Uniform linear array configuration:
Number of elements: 16
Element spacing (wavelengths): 0.25
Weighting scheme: exponential
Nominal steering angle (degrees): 0
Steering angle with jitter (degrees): -1.474
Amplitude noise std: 0.05
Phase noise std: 0.05

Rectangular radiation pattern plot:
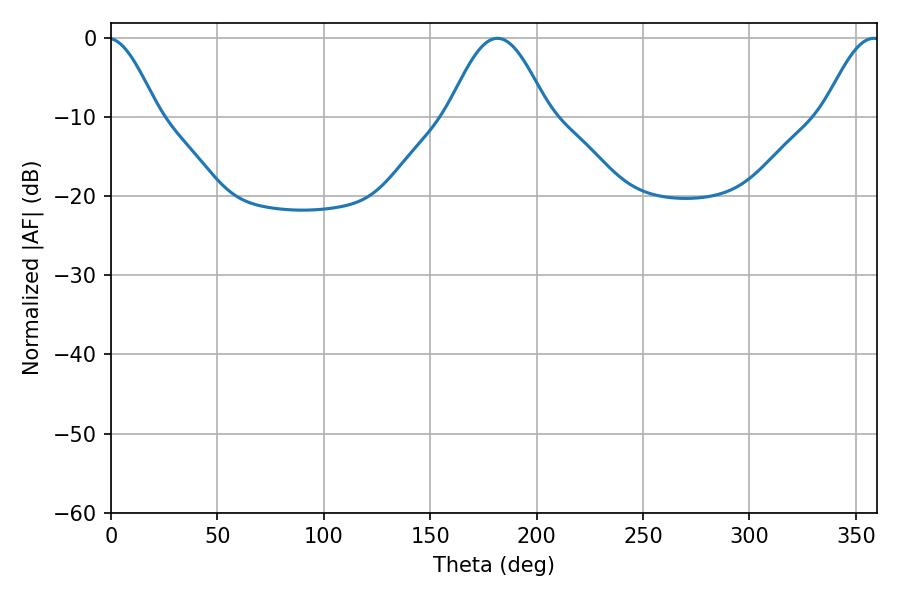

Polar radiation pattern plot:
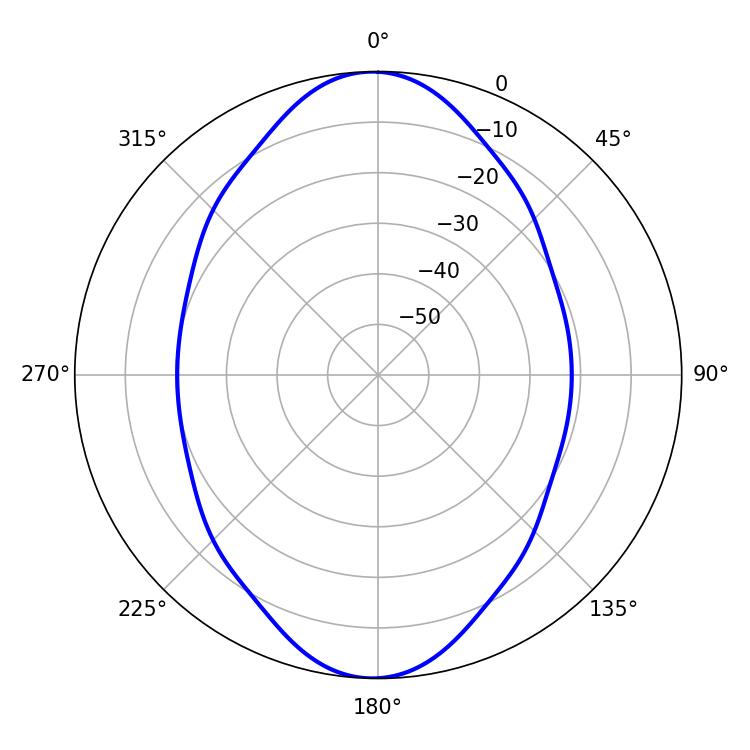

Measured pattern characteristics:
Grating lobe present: FALSE
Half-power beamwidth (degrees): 25.38
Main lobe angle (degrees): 181.62